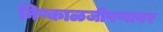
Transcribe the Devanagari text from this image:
निष्काळजीपणावर